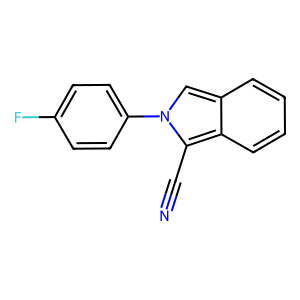
SMILES: N#Cc1c2ccccc2cn1-c1ccc(F)cc1
Inhibits HIV replication: No